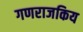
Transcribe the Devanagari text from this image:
गणराजकिय